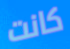
كانت